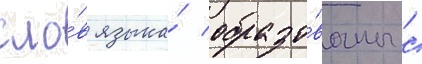
сло́в языка́ образо́ваны с